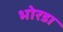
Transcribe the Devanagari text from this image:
भोरडा